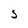
Character: S